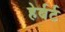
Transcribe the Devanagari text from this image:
हेर्बर्ट